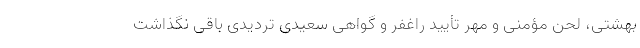
بهشتی، لحن مؤمنی و مُهر تأیید راغفر و گواهی سعیدی تردیدی باقی نگذاشت